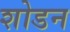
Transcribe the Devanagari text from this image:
शोडन